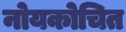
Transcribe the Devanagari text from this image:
नोयकोचित